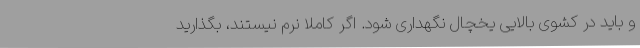
و باید در کشوی بالایی یخچال نگهداری شود. اگر کاملا نرم نیستند، بگذارید